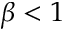
\beta < 1